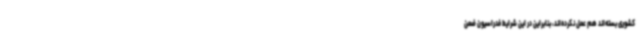
کشوری بسته‌اند هم عمل نکرده‌اند، بنابراین در این شرایط فدراسیون ضمن